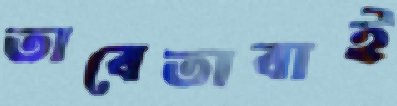
তাবেতাবাই